Burma Government Medical School reports 1923-41
Year: 1923
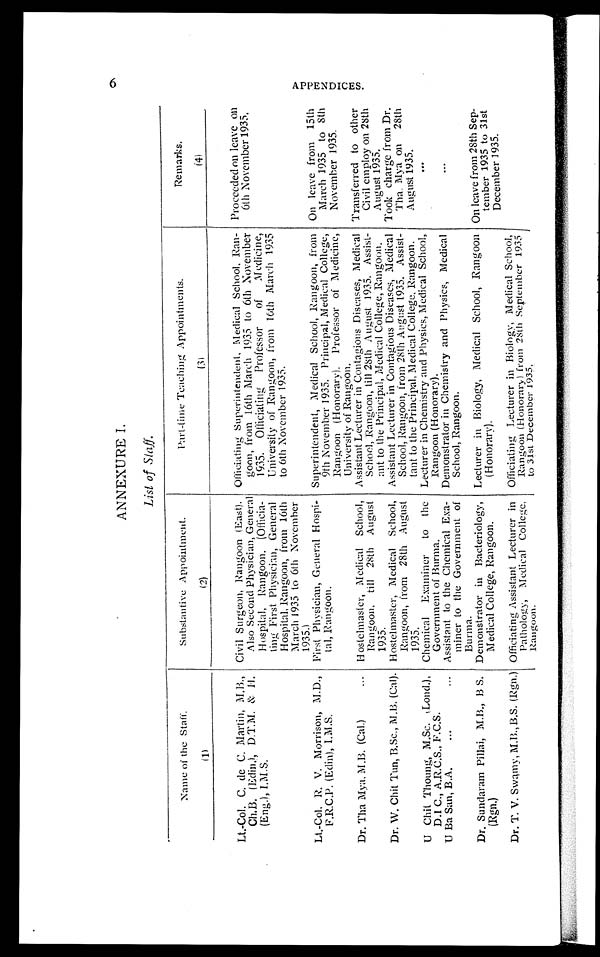
6
ANNEXURE I.
List of Staff.
Name of the Staff.
( 1 )
Substantive Appointment.
(2)
Part-time Teaching Appointments.
( 3 )
Remarks.
(4)
Lt.-Col. C. de C. Martin, M.B.,
Ch.B. (Edin), D.T.M. & H.
(Eng.), I.M.S.
Civil Surgeon, Rangoon (East).
Also Second Physician, General
Hospital, Rangoon. (Officia-
ting First Physician, General
Hospital, Rangoon, from 16th
March 1935 to 6th November
1935.)
Officiating Superintendent, Medical School, Ran-
goon, from 16th March 1935 to 6th November
1935. Officiating Professor
of
Medicine,
University of Rangoon, from 16th March 1935
to 6th November 1935.
Proceeded on leave on
6th November 1935.
Lt.-Col. R. V. Morrison, M.D.,
F.R.C.P. (Edin), I.M.S.
First Physician, General Hospi-
tal, Rangoon.
Superintendent, Medical School, Rangoon, from
9th November 1935. Principal, Medical College,
Rangoon (Honorary). Professor of Medicine,
University of Rangoon.
On leave from 15th
March 1935 to 8th
November 1935.
Dr. Tha Mya, M.B. (Cal.)
... Hostelmaster, Medical School,
Rangoon. till 28th August
1935.
Assistant Lecturer in Contagious Diseases, Medical
School, Rangoon, till 28th August 1935. Assist-
ant to the Principal, Medical College, Rangoon.
Transferred to other
Civil employ on 28th
August 1935.
Dr. W. Chit Tun, B.Sc., M.B. (Cal). Hostelmaster, Medical School,
Rangoon, from 28th August
1935.
Assistant Lecturer in Contagious Diseases, Medical
School, Rangoon, from 28th August 1935. Assist-
tant to the Principal, Medical College, Rangoon.
Took charge from Dr.
Tha. Mya on 2 8 t h
August 1935.
U Chit Thoung, M.Sc. (Lond.),
D.I. C., A.R.C.S., F.C.S.
Chemical Examiner to the
Government of Burma.
Lecturer in Chemistry and Physics, Medical School,
Rangoon (Honorary).
. . .
U Ba San, B.A.
...
... Assistant to the Chemical Exa-
miner to the Government of
Burma.
Demonstrator in Chemistry and Physics, Medical
School, Rangoon.
...
Dr. Sundaram Pillai, M.B., B S.
(Rgn.)
Demonstrator in Bacteriology,
Medical College, Rangoon.
Lecturer in Biology, Medical School, Rangoon
(Honorary).
On leave from 28th Sep-
tember 1935 to 31st
December 1935.
Dr. T. V. Swamy, M.B., B.S. (Rgn.) Officiating Assistant Lecturer in
Pathology, Medical College,
Rangoon.
Officiating Lecturer in Biology, Medical School,
Rangoon (Honorary) from 28th September 1935
to 31st December 1935.
A P P E N D I C E S .